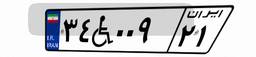
۹۴W۰۵۸۴۶